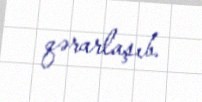
qərarlaşıb.